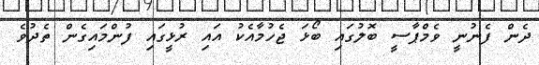
ދެން ފެނުނީ ވެމްޕާސީ ބޮލުގައި ބޯޅަ ޖެހުމާއެކު އައި ރުޅީގައި ފުންމައިގެން ތެދުވެ